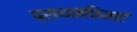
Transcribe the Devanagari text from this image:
प्राथमकिताएं